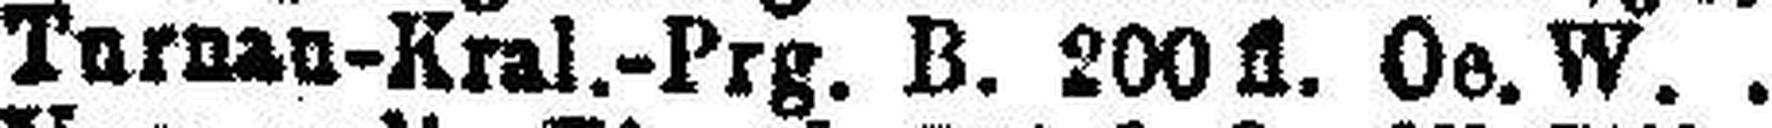
Tarnan-Kral.-Prg. B. 200 fl. Oe. W.